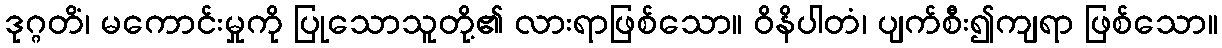
ဒုဂ္ဂတိံ၊ မကောင်းမှုကို ပြုသောသူတို့၏ လားရာဖြစ်သော။ ဝိနိပါတံ၊ ပျက်စီး၍ကျရာ ဖြစ်သော။